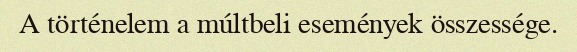
A történelem a múltbeli események összessége.